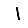
Digit: 1